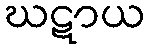
ဃဋာယ